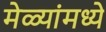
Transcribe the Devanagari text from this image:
मेळ्यांमध्ये